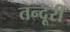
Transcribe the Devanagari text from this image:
तन्दूरी